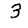
Digit: 3